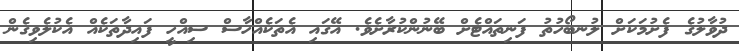
ދުވާލުގެ ފެށުމަކަށް ލުނބޯހުތު ފަނިތައްޓެށް ބޭނުންކުރާށެވެ. އޭގައި އެތަކެއްހާސް ސިއްހީ ފައިދާތަކެއް އެކުލެވިގެން